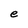
Character: e